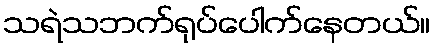
သရဲသဘက်ရုပ်ပေါက်နေတယ်။